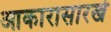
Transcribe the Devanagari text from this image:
आकारासारखे